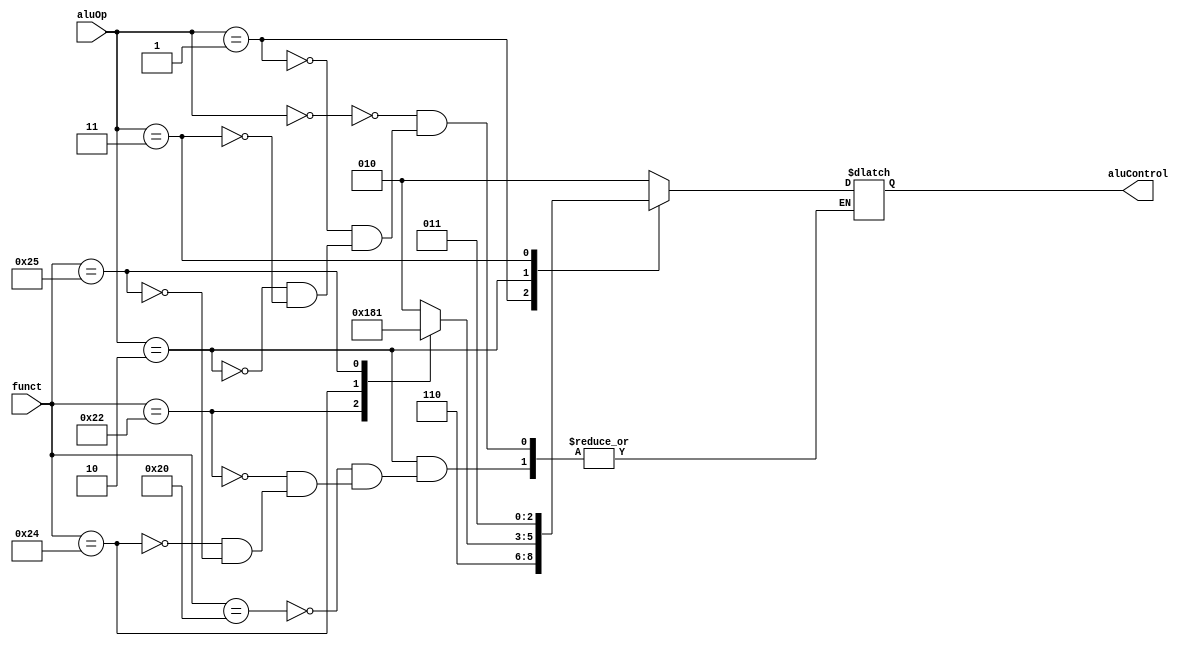
module alu_decoder (
  input wire [1:0] aluOp,
  input wire [5:0] funct,
  output reg [2:0] aluControl
);
  always @(*) begin
    case (aluOp)
      2'b00: aluControl <= 3'b010;  // add
      2'b01: aluControl <= 3'b110;  // sub
      2'b10: begin                  // funct
        case (funct)
          32: aluControl <= 3'b010; // add
          34: aluControl <= 3'b110; // sub
          36: aluControl <= 3'b000; // and
          37: aluControl <= 3'b001; // or
        endcase
      end 
      2'b11: aluControl <= 3'b011;  // n/a
    endcase
  end
endmodule